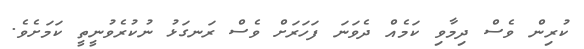
ކުރިން ވެސް ދިމާވި ކަމެއް ދެވަނަ ފަހަރަށް ވެސް ރަނގަޅު ނުކުރެވުނީތީ ކަމަށެވެ.